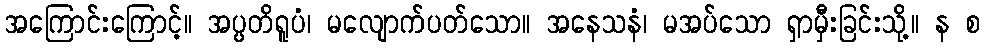
အကြောင်းကြောင့်။ အပ္ပတိရူပံ၊ မလျောက်ပတ်သော။ အနေသနံ၊ မအပ်သော ရှာမှီးခြင်းသို့။ န စ